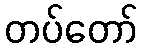
တပ်တော်